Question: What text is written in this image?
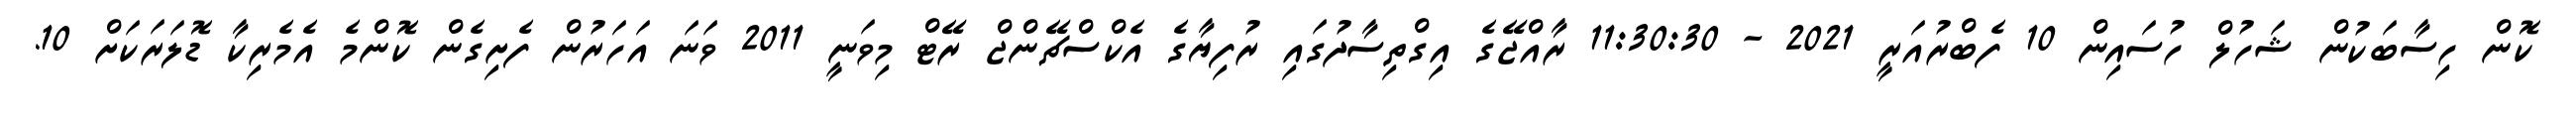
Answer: ކޮން ހިސާބަކުން ޝަހުލް ހުސައިން 10 ފެބްރުއަރީ 2021 - 11:30:30 ރާއްޖޭގެ އިގްތިސާދުގައި ރުފިޔާގެ އެކްސްޗޭންޖް ރޭޓް މިވަނީ 2011 ވަނަ އަހަރުން ފެށިގެން ކޮންމެ އެމެރިކާ ޑޮލަރަކަށް 10.